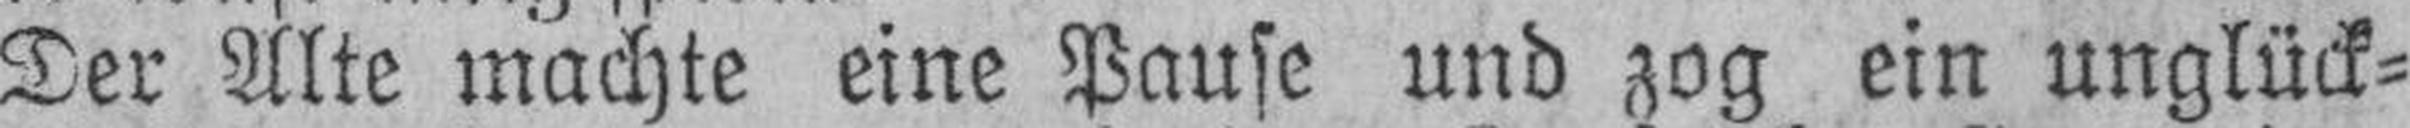
Der Alte machte eine Pause und zog ein unglück¬